Report on horse surra - Volume I
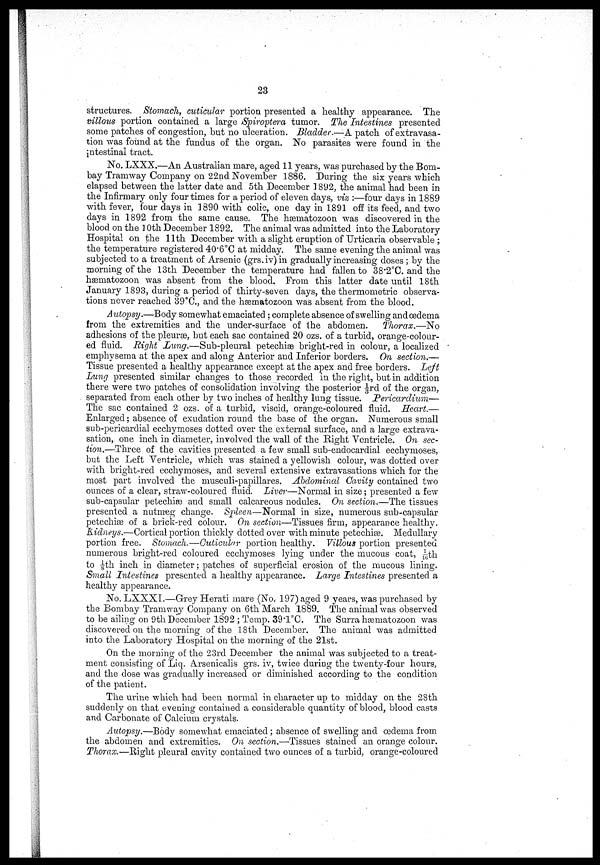
23
structures. Stomach, cuticular portion presented a healthy appearance. The
villous portion contained a large Spiroptera tumor. The Intestines presented
some patches of congestion, but no ulceration. Bladder.—A patch of extravasa
tion was found at the fundus of the organ. No parasites were found in the
intestinal tract.
No. LXXX.—An Australian mare, aged 11 years, was purchased by the Bom
bay Tramway Company on 22nd November 1886. During the six years which
elapsed between the latter date and 5th December 1892, the animal had been in
the Infirmary only four times for a period of eleven days, viz :—four days in 1889
with fever, four days in 1890 with colic, one day in 1891 off its feed, and two
days in 1892 from the same cause. The haematozoon was discovered in the
blood on the 10th December 1892. The animal was admitted into the Laboratory
Hospital on the 11th December with a slight eruption of Urticaria observable ;
the temperature registered 40.6°C at midday. The same evening the animal was
subjected to a treatment of Arsenic (grs.iv)in gradually increasing doses ; by the
morning of the 13th December the temperature had fallen to 38.2°C. and the
hæmatozoon was absent from the blood. From this latter date until 18th
January 1893, during a period of thirty-seven days, the thermometric observa
tions never reached 39°C., and the hæmatozoon was absent from the blood.
Autopsy.—Body somewhat emaciated ; complete absence of swelling and oedema
from the extremities and the under-surface of the abdomen.
Thorax.—No
adhesions of the pleurae, but each sac contained 20 ozs. of a turbid, orange-colour
ed fluid. Right Lung.—Sub-pleural petechias bright-red in colour, a localized
emphysema at the apex and along Anterior and Inferior borders. On section.—
Tissue presented a healthy appearance except at the apex and free borders. Left
Lung presented similar changes to those recorded in the right, but in addition
there were two patches of consolidation involving the posterior ⅓rd of the organ,
separated from each other by two inches of healthy lung tissue. Pericardium—
The sac contained 2 ozs. of a turbid, viscid, orange-coloured fluid. Heart.—
Enlarged ; absence of exudation round the base of the organ. Numerous small
sub-pericardial ecchymoses dotted over the external surface, and a large extrava
sation, one inch in diameter, involved the wall of the Right Ventricle. On sec-
tion.—Three of the cavities presented a few small sub-endocardial ecchymoses,
but the Left Ventricle, which was stained a yellowish colour, was dotted over
with bright-red ecchymoses, and several extensive extravasations which for the
most part involved the musculi-papillares. Abdominal Cavity contained two
ounces of a clear, straw-coloured fluid. Liver—Normal in size ; presented a few
sub-capsular petechiæ and small calcareous nodules. On section.—The tissues
presented a nutmeg change. Spleen—Normal in size, numerous sub-capsular
petechias of a brick-red colour. On section—Tissues firm, appearance healthy.
Kidneys.—Cortical portion thickly dotted over with minute petechias. Medullary
portion free. Stomach.—Cuticular portion healthy. Villous portion presented
numerous bright-red coloured ecchymoses lying under the mucous coat, 1/16th
to ⅛th inch in diameter; patches of superficial erosion of the mucous lining.
Small Intestines presented a healthy appearance. Large Intestines presented a
healthy appearance.
No. LXXXI.—Grey Herati mare (No, 197) aged 9 years, was purchased by
the Bombay Tramway Company on 6th March 1889. The animal was observed
to be ailing on 9th December 1892 ; Temp. 39.1°C. The Surra hæmatozoon was
discovered on the morning of the 18th December. The animal was admitted
into the Laboratory Hospital on the morning of the 21st.
On the morning of the 23rd December the animal was subjected to a treat
ment consisting of Liq. Arsenicalis grs. iv, twice during the twenty-four hours,
and the dose was gradually increased or diminished according to the condition
of the patient.
The urine which had been normal in character up to midday on the 28th
suddenly on that evening contained a considerable quantity of blood, blood casts
and Carbonate of Calcium crystals.
Autopsy.—Body somewhat emaciated ; absence of swelling and oedema from
the abdomen and extremities. On section.—Tissues stained an orange colour.
Thorax.—Right pleural cavity contained two ounces of a turbid, orange-coloured